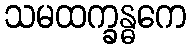
သမထက္ခန္ဓကေ